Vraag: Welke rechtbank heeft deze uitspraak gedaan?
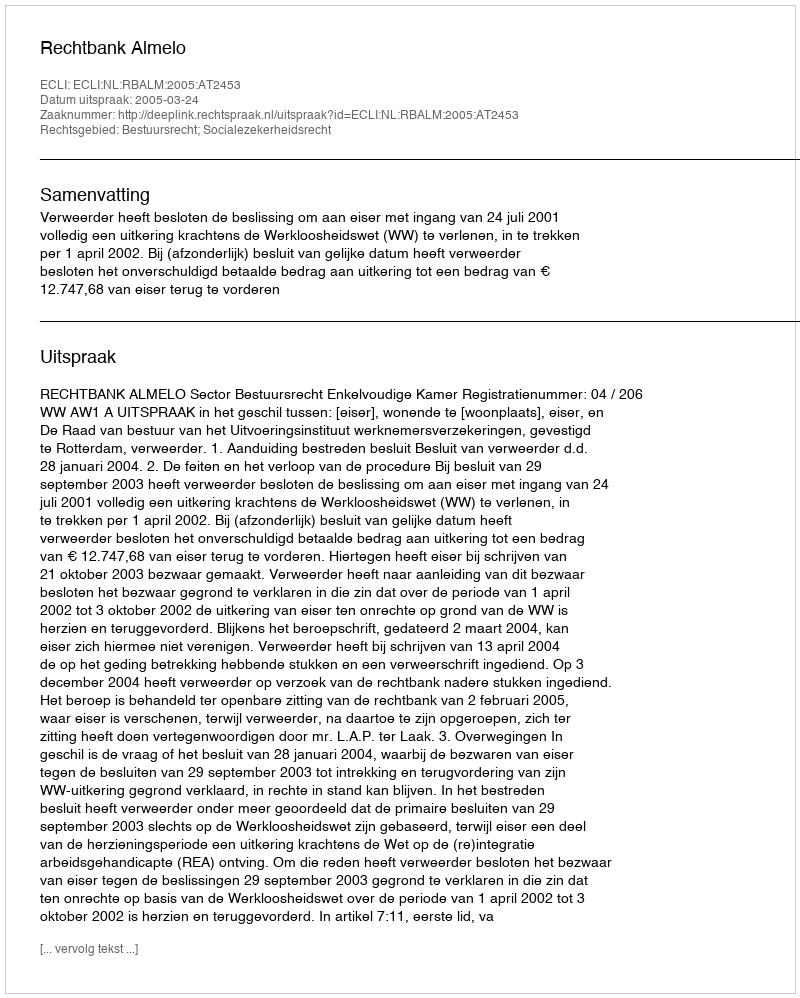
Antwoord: Rechtbank Almelo